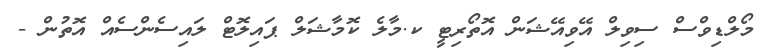
މޯލްޑިވްސް ސިވިލް އޭވިއޭޝަން އޮތޯރިޓީ ކ.މާލެ ކޮމާޝަލް ޕައިލޮޓް ލައިސެންސެއް އޮތުން -